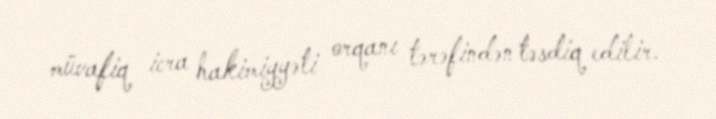
müvafiq icra hakimiyyəti orqanı tərəfindən təsdiq edilir.